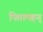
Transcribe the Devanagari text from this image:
पितामहन्